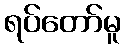
ရပ်တော်မူ